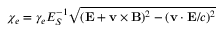
\chi _ { e } = \gamma _ { e } E _ { S } ^ { - 1 } \sqrt { ( { \bf { E } } + { \bf { v } } \times { \bf { B } } ) ^ { 2 } - ( { \bf { v } } \cdot { \bf { E } } / c ) ^ { 2 } }